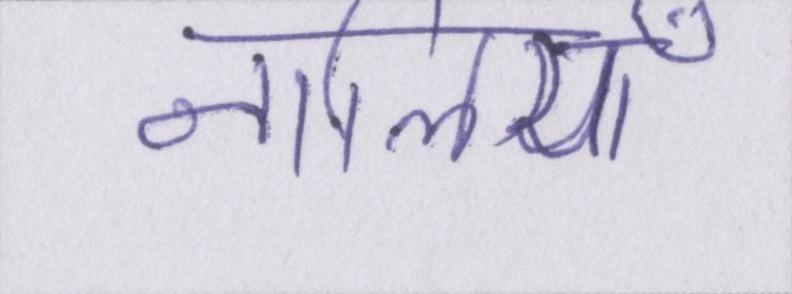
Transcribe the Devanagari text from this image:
नालियाँ